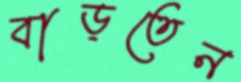
বাড়তেন